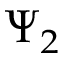
\Psi _ { 2 }